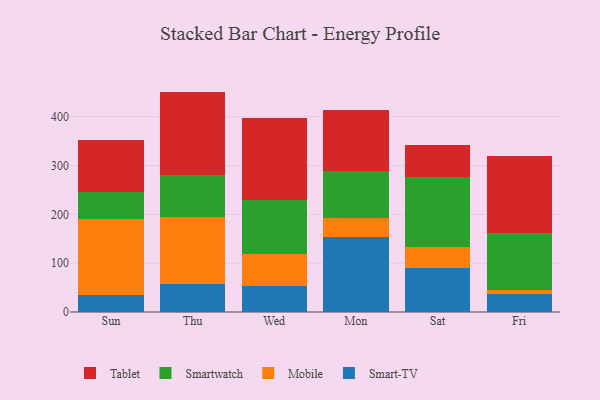
{"axis": {"x": "Day", "y": "Churn Rate (%)"}, "legend": ["Mobile", "Smart-TV", "Smartwatch", "Tablet"], "data": [{"x": "Sun", "y": 35.0, "type": "Smart-TV"}, {"x": "Sun", "y": 155.7, "type": "Mobile"}, {"x": "Sun", "y": 55.2, "type": "Smartwatch"}, {"x": "Sun", "y": 105.9, "type": "Tablet"}, {"x": "Thu", "y": 56.9, "type": "Smart-TV"}, {"x": "Thu", "y": 137.8, "type": "Mobile"}, {"x": "Thu", "y": 86.7, "type": "Smartwatch"}, {"x": "Thu", "y": 170.0, "type": "Tablet"}, {"x": "Wed", "y": 54.2, "type": "Smart-TV"}, {"x": "Wed", "y": 64.7, "type": "Mobile"}, {"x": "Wed", "y": 110.0, "type": "Smartwatch"}, {"x": "Wed", "y": 168.9, "type": "Tablet"}, {"x": "Mon", "y": 152.6, "type": "Smart-TV"}, {"x": "Mon", "y": 40.7, "type": "Mobile"}, {"x": "Mon", "y": 95.6, "type": "Smartwatch"}, {"x": "Mon", "y": 124.7, "type": "Tablet"}, {"x": "Sat", "y": 89.2, "type": "Smart-TV"}, {"x": "Sat", "y": 43.7, "type": "Mobile"}, {"x": "Sat", "y": 143.2, "type": "Smartwatch"}, {"x": "Sat", "y": 66.7, "type": "Tablet"}, {"x": "Fri", "y": 37.3, "type": "Smart-TV"}, {"x": "Fri", "y": 8.2, "type": "Mobile"}, {"x": "Fri", "y": 115.9, "type": "Smartwatch"}, {"x": "Fri", "y": 157.1, "type": "Tablet"}]}